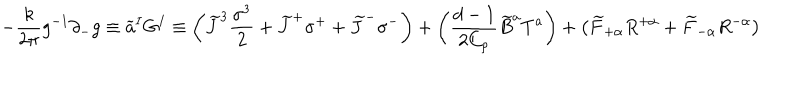
- \frac { k } { 2 \pi } g ^ { - 1 } \partial _ { - } g \equiv \widetilde { a } ^ { I } G ^ { I } \equiv \left( \widetilde { J } ^ { 3 } \frac { \sigma ^ { 3 } } { 2 } + \widetilde { J } ^ { + } \sigma ^ { + } + \widetilde { J } ^ { - } \sigma ^ { - } \right) + \left( \frac { d - 1 } { 2 C _ { \rho } } \widetilde { B } ^ { a } T ^ { a } \right) + \left( \widetilde { F } _ { + \alpha } R ^ { + \alpha } + \widetilde { F } _ { - \alpha } R ^ { - \alpha } \right)